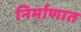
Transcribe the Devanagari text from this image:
निर्माणात